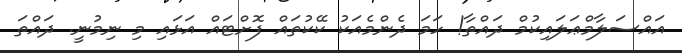
އައްސަލާމްޢަލައިކުމް ދައްތާ! ހަމަ ދެންމެއަކު ކޭކުތައް ފޮށްޓައް އަޅައި މި ނިމުނީ. ދައްތަ